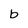
Character: b